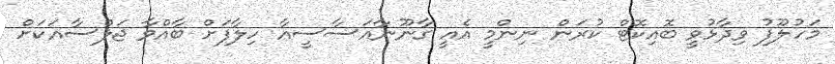
މަހުލޫފު ވިދާޅުވީ ބޮއިކޮޓް ކުރަން ނިންމީ އެއީ ގާނޫނާއަސާސީއާ ހިލާފަށް ބާއްވާ ޖަލްސާއަކަށް